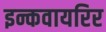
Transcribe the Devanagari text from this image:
इन्कवायरिर